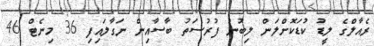
ރެއާލްގެ ލީޑު ކުޑަކޮށްލަން ލިބުނު ފުރުސަތު ބާސާއިން ނަގާލައިފި 36 މިނެޓް 46